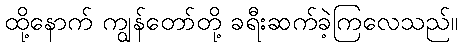
ထို့နောက် ကျွန်တော်တို့ ခရီးဆက်ခဲ့ကြလေသည်။